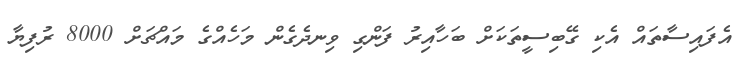
އެފައިސާތައް އެކި ގޭބިސީތަކަށް ބަހާއިރު ފަންގި ވިނދެގެން މަހެއްގެ މައްޗަށް 8000 ރުފިޔާ